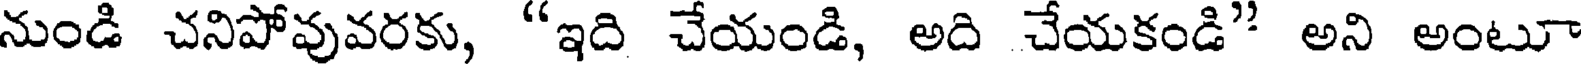
నుండి చనిపోవువరకు, "ఇది చేయండి, అది చేయకండి" అని అంటూ